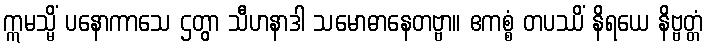
ဣမသ္မိံ ပနောကာသေ ဌတွာ သီဟနာဒါ သမောဓာနေတဗ္ဗာ။ ဧကစ္စံ တပဿိံ နိရယေ နိဗ္ဗတ္တံ